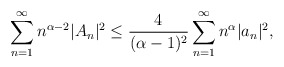
\begin{align*}\displaystyle\sum_{n=1}^{\infty}{n}^{\alpha-2}|A_{n}|^{2}&\leq\frac{4}{(\alpha-1)^{2}}\displaystyle\sum_{n=1}^{\infty}{n}^{\alpha}|a_{n}|^{2},\end{align*}